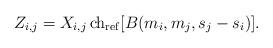
LaTeX: \begin{align*}Z_{i,j} = X_{i,j}\, {\rm ch}_{\rm ref}[B(m_i,m_j,s_j-s_i)].\end{align*}